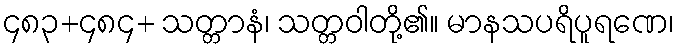
၄၈၃+၄၈၄+ သတ္တာနံ၊ သတ္တဝါတို့၏။ မာနသပရိပူရဏေ၊